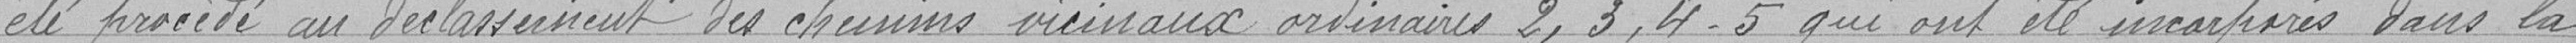
été procédé au déclassement des chemins vicinaux ordinaires 2,3,4,5 qui ont été incorporés dans la